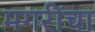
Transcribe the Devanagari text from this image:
मगरींचा